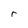
Character: r